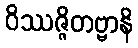
ဝိဿဇ္ဇိတဗ္ဗာနိ